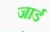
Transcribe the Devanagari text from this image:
जार्ड